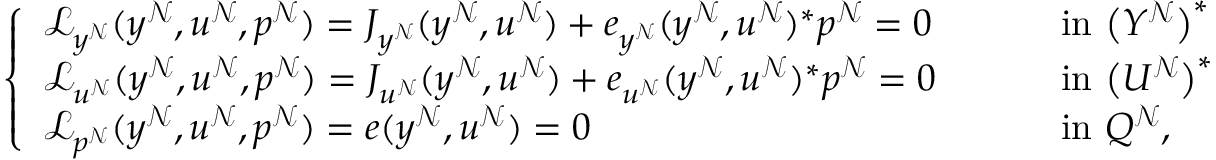
\begin{array} { r } { \left\{ \begin{array} { l l } { \mathcal { L } _ { y ^ { \mathcal { N } } } ( y ^ { \mathcal { N } } , u ^ { \mathcal { N } } , p ^ { \mathcal { N } } ) = J _ { y ^ { \mathcal { N } } } ( y ^ { \mathcal { N } } , u ^ { \mathcal { N } } ) + e _ { y ^ { \mathcal { N } } } ( y ^ { \mathcal { N } } , u ^ { \mathcal { N } } ) ^ { * } p ^ { \mathcal { N } } = 0 } & { \quad \quad \mathrm { ~ i n ~ } \big ( Y ^ { \mathcal { N } } \big ) ^ { * } } \\ { \mathcal { L } _ { u ^ { \mathcal { N } } } ( y ^ { \mathcal { N } } , u ^ { \mathcal { N } } , p ^ { \mathcal { N } } ) = J _ { u ^ { \mathcal { N } } } ( y ^ { \mathcal { N } } , u ^ { \mathcal { N } } ) + e _ { u ^ { \mathcal { N } } } ( y ^ { \mathcal { N } } , u ^ { \mathcal { N } } ) ^ { * } p ^ { \mathcal { N } } = 0 } & { \quad \quad \mathrm { ~ i n ~ } \big ( U ^ { \mathcal { N } } \big ) ^ { * } } \\ { \mathcal { L } _ { p ^ { \mathcal { N } } } ( y ^ { \mathcal { N } } , u ^ { \mathcal { N } } , p ^ { \mathcal { N } } ) = e ( y ^ { \mathcal { N } } , u ^ { \mathcal { N } } ) = 0 } & { \quad \quad \mathrm { ~ i n ~ } Q ^ { \mathcal { N } } , } \end{array} \right. } \end{array}